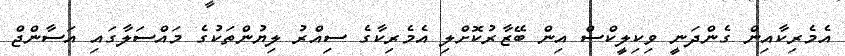
އެމެރިކާއިން ގެންދަނީ ވިކިލީކްސް އިން ބޭޒާރުކޮށްލި އެމެރިކާގެ ސިއްރު ލިޔުންތަކުގެ މައްސަލާގައި އަސާންޖް